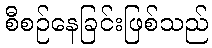
စီစဉ်နေခြင်းဖြစ်သည်